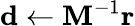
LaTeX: \mathbf{d}\leftarrow\mathbf{M}^{-1}\mathbf{r}